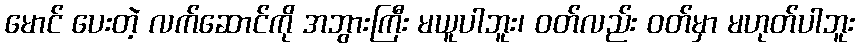
မောင် ပေးတဲ့ လက်ဆောင်ကို အဘွားကြီး မယူပါဘူး၊ ဝတ်လည်း ဝတ်မှာ မဟုတ်ပါဘူး